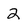
Character: 2